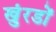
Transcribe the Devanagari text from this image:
खुंरडों